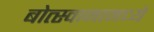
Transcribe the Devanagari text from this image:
बोत्स्वानामध्ये